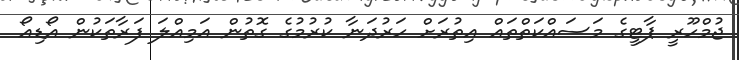
ޖުމްހޫރީ ޕާޓީގެ މަސައްކަތްތައް އިތުރަށް ހަރުދަނާ ކުރުމުގެ ގޮތުން އަމިއްލަ ފަރާތަކުން އޯޑިއޯ